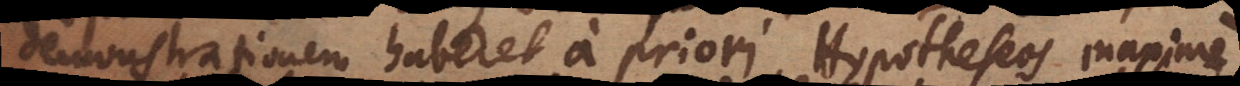
demonstrationem haberet a priori, Hypotheseos maxime